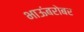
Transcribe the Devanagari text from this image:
भाऊंबरोबर